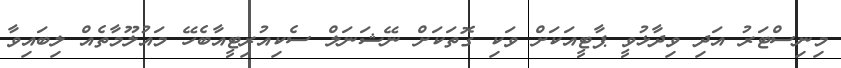
މިނިސްޓަރު އަދި ވިދާޅުވީ ޕާޓީއަކަށް ވަކި ގޮތަކަށް ނޭޝަނަލް ސެކިއުރިޓީއާބެހޭ މައުލޫމާތެއް ލިބައިވާ